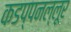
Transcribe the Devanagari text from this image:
कडप्पनल्लूर